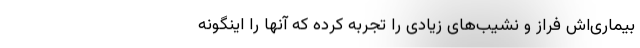
بیماری‌اش فراز و نشیب‌های زیادی را تجربه کرده که آنها را اینگونه